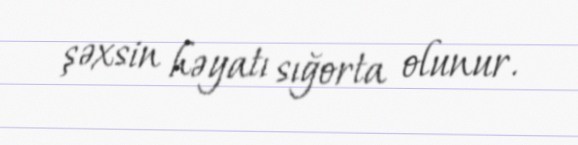
şəxsin həyatı sığorta olunur.